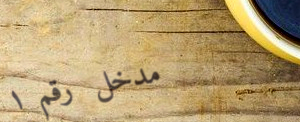
مدخل رقم ١